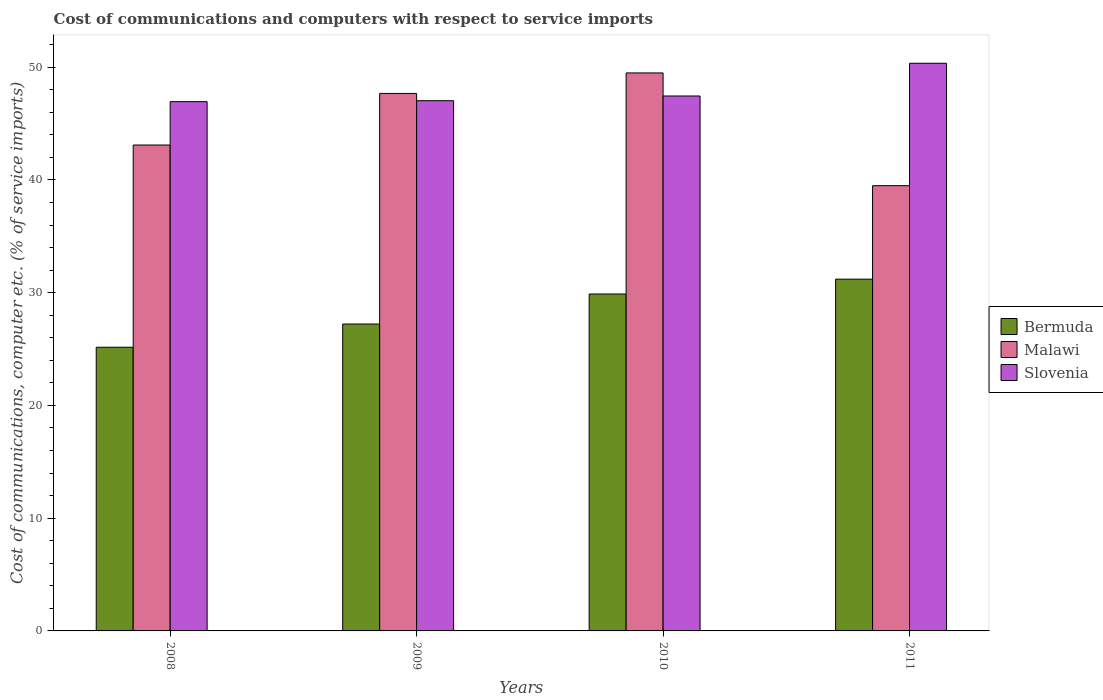
| Years | Bermuda | Malawi | Slovenia |
 | --- | --- | --- | --- |
 | 2008 | 25.2 | 43.1 | 46.9 |
 | 2009 | 27.2 | 47.7 | 47 |
 | 2010 | 29.9 | 49.5 | 47.5 |
 | 2011 | 31.2 | 39.5 | 50.4 |